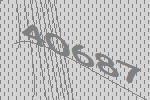
40687